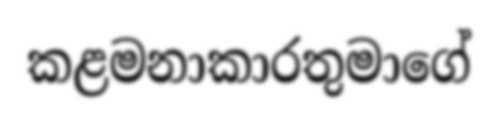
කළමනාකාරතුමාගේ